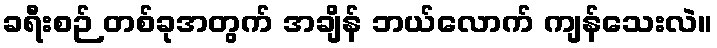
ခရီးစဉ် တစ်ခုအတွက် အချိန် ဘယ်လောက် ကျန်သေးလဲ။